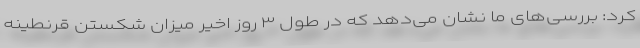
کرد: بررسی‌های ما نشان می‌دهد که در طول ۳ روز اخیر میزان شکستن قرنطینه